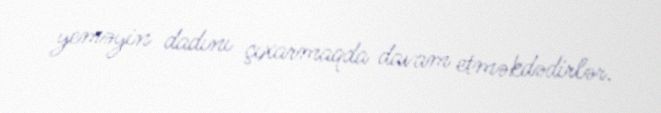
yeməyin dadını çıxarmaqda davam etməkdədirlər.